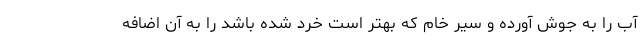
آب را به جوش آورده و سیر خام که بهتر است خرد شده باشد را به آن اضافه